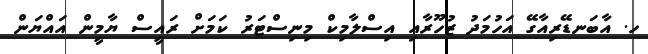
ހ. އާބަނޑޭރިއާގޭ އަހުމަދު ޒުހޫރާއި އިސްލާމިކް މިނިސްޓަރު ކަމަށް ރައީސް ޔާމީން އައްޔަން